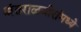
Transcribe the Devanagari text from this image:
अंतराळवीरांमध्ये